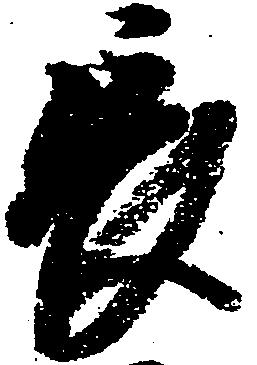
長